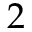
2